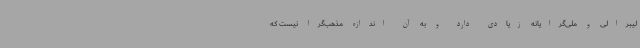
لیبرالی و ملی‌گرایانه زیادی دارد و به آن اندازه مذهب‌گرا نیست که